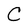
Character: C